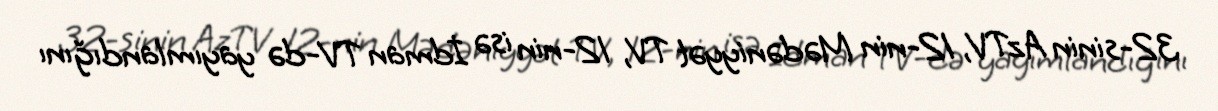
32-sinin AzTV, 12-nin Mədəniyyət TV, 12-nin isə İdman TV-də yayımlandığını